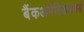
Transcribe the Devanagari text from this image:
बैंकअमेरिकाकार्ड